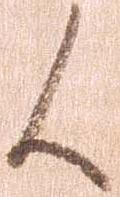
候